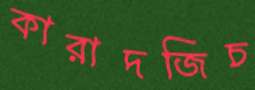
কারাদজিচ